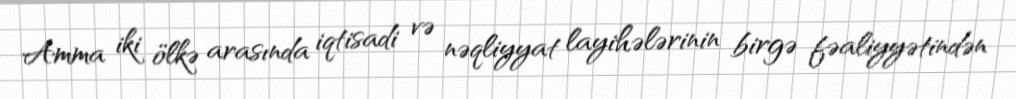
Amma iki ölkə arasında iqtisadi və nəqliyyat layihələrinin birgə fəaliyyətindən